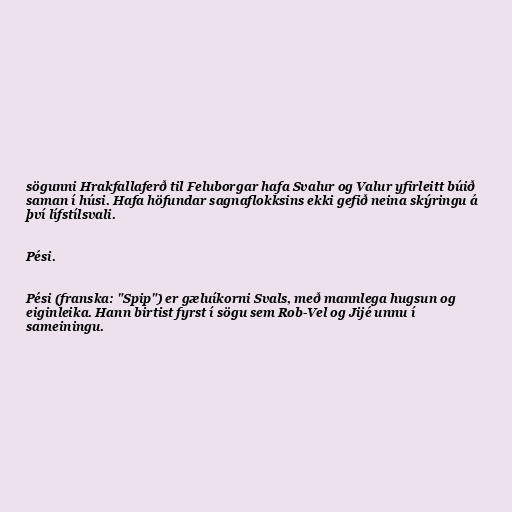
sögunni Hrakfallaferð til Feluborgar hafa Svalur og Valur yfirleitt búið
saman í húsi. Hafa höfundar sagnaflokksins ekki gefið neina skýringu á
því lífstílsvali.

Pési.

Pési (franska: "Spip") er gæluíkorni Svals, með mannlega hugsun og
eiginleika. Hann birtist fyrst í sögu sem Rob-Vel og Jijé unnu í
sameiningu.